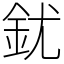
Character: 䤞